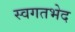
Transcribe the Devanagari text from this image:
स्वगतभेद